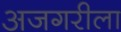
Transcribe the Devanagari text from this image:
अजगरीला